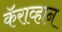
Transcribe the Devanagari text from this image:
कॅराव्हान